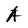
Character: A